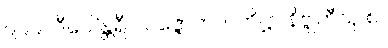
၉၉၉။ ဒီပေါ’န္တရီပ ပဇ္ဇောတ၊ ပတိဋ္ဌာ နိဗ္ဗုတီသု စ။